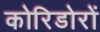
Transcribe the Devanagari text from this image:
कोरिडोरों